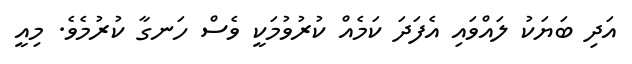
އަދި ބަޔަކު ލައްވައި އެފަދަ ކަމެއް ކުރުވުމަކީ ވެސް ހަނގާ ކުރުމެވެ. މިއީ